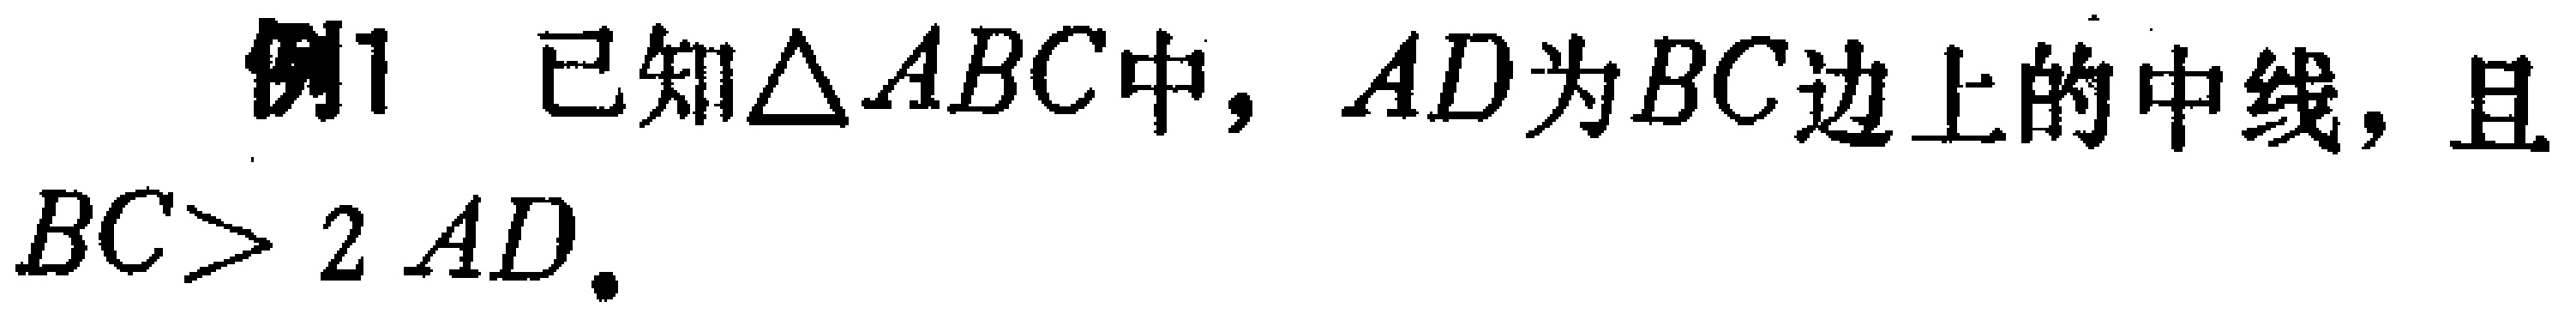
例1 已知$\triangle ABC$中，$AD$为$BC$边上的中线，且$BC > 2AD$.